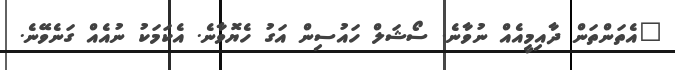
"އެތަންތަން ދާއިމީއެއް ނުވާނެ. ސޯޝަލް ހައުސިން އަގު ހެޔޮވާނެ. އެކަމަކު ނުއެއް ގަނެވޭނެ.